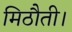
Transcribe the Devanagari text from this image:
मिठौती।